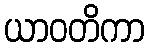
ယာဝတိကာ